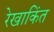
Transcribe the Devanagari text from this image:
रेखाकिंत